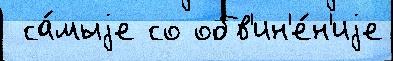
 са́мыjе со обв'ин'е́н'иjе